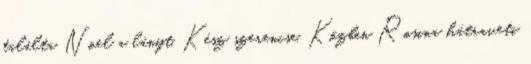
találta Noel a lányt. Kész szerencse. Közben Rosina hátraveti